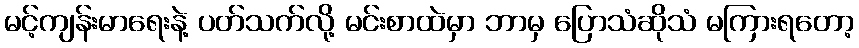
မင့်ကျန်းမာရေးနဲ့ ပတ်သက်လို့ မင်းစာထဲမှာ ဘာမှ ပြောသံဆိုသံ မကြားရတော့